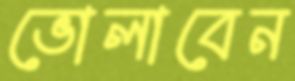
ভোলাবেন